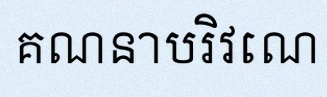
គណនាបរិវេណ